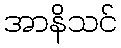
အာနိသင်